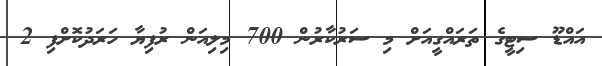
އައްޑޫ ސިޓީގެ ތަރައްގީއަށް މި ސަރުކާރުން 700 މިލިއަން ރުފިޔާ ހަރަދުކޮށްފި 2